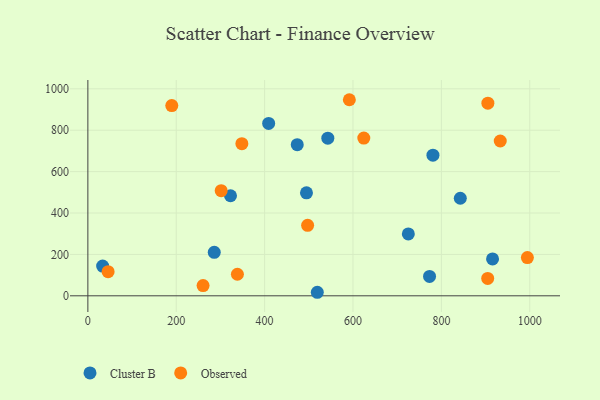
{"axis": {"x": "Experience", "y": "Sales"}, "legend": ["Cluster B", "Observed"], "data": [{"x": "915.8", "y": 178.1, "type": "Cluster B"}, {"x": "780.9", "y": 679.4, "type": "Cluster B"}, {"x": "519.2", "y": 17.1, "type": "Cluster B"}, {"x": "322.8", "y": 483.4, "type": "Cluster B"}, {"x": "543.0", "y": 761.7, "type": "Cluster B"}, {"x": "725.2", "y": 298.8, "type": "Cluster B"}, {"x": "473.8", "y": 730.3, "type": "Cluster B"}, {"x": "773.2", "y": 93.6, "type": "Cluster B"}, {"x": "842.8", "y": 471.3, "type": "Cluster B"}, {"x": "409.1", "y": 833.0, "type": "Cluster B"}, {"x": "33.4", "y": 143.6, "type": "Cluster B"}, {"x": "494.7", "y": 497.3, "type": "Cluster B"}, {"x": "286.0", "y": 210.0, "type": "Cluster B"}, {"x": "933.2", "y": 747.8, "type": "Observed"}, {"x": "624.4", "y": 762.1, "type": "Observed"}, {"x": "348.5", "y": 735.2, "type": "Observed"}, {"x": "189.9", "y": 919.1, "type": "Observed"}, {"x": "497.3", "y": 340.3, "type": "Observed"}, {"x": "45.8", "y": 116.6, "type": "Observed"}, {"x": "338.4", "y": 104.2, "type": "Observed"}, {"x": "591.7", "y": 947.3, "type": "Observed"}, {"x": "904.8", "y": 83.8, "type": "Observed"}, {"x": "301.7", "y": 507.7, "type": "Observed"}, {"x": "994.6", "y": 184.6, "type": "Observed"}, {"x": "260.7", "y": 49.4, "type": "Observed"}, {"x": "905.2", "y": 930.5, "type": "Observed"}]}